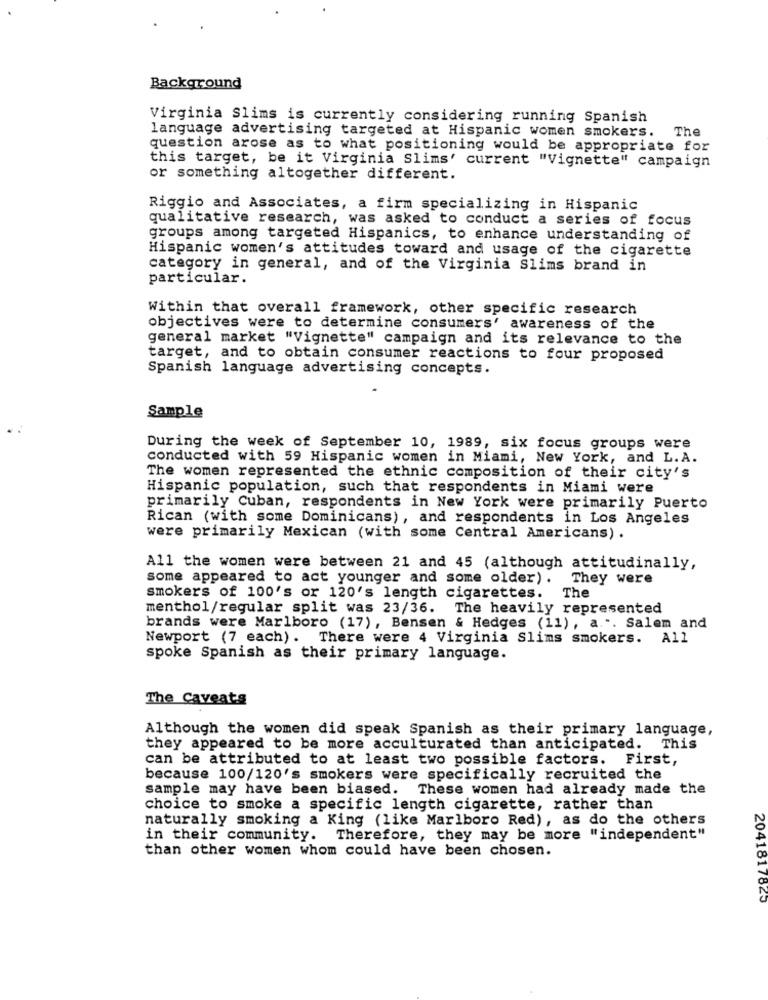
Background
Virginia Slims is currently considering running Spanish
language advertising targeted at Hispanic women smokers. The
question arose as to what positioning would be appropriate for
this target, be it Virginia Slims' current "Vignette" campaign
or something altogether different.
Riggio and Associates, a firm specializing in Hispanic
qualitative research, was asked to conduct a series of focus
groups among targeted Hispanics, to enhance understanding of
Hispanic women's attitudes toward and usage of the cigarette
category in general, and of the Virginia Slims brand in
particular.
Within that overall framework, other specific research
objectives were to determine consumers' awareness of the
general market "Vignette" campaign and its relevance to the
target, and to obtain consumer reactions to four proposed
Spanish language advertising concepts.
Sample
During the week of September 10, 1989, six focus groups were
conducted with 59 Hispanic women in Miami, New York, and L. A.
The women represented the ethnic composition of their city's
Hispanic population, such that respondents in Miami were
primarily Cuban, respondents in New York were primarily Puerto
Rican (with some Dominicans), and respondents in Los Angeles
were primarily Mexican (with some Central Americans) .
All the women were between 21 and 45 (although attitudinally,
some appeared to act younger and some older). They were
smokers of 100's or 120's length cigarettes.
The
menthol/regular split was 23/36. The heavily represented
brands were Marlboro (17), Bensen & Hedges (11), a ... Salem and
Newport (7 each). There were 4 Virginia Slims smokers. All
spoke Spanish as their primary language.
The Caveats
Although the women did speak Spanish as their primary language,
they appeared to be more acculturated than anticipated. This
can be attributed to at least two possible factors. First,
because 100/120's smokers were specifically recruited the
sample may have been biased. These women had already made the
choice to smoke a specific length cigarette, rather than
naturally smoking a King (like Marlboro Red), as do the others
in their community. Therefore, they may be more "independent"
than other women whom could have been chosen.
2041817820